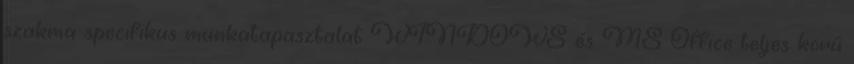
szakma specifikus munkatapasztalat WINDOWS és MS Office teljes körű